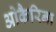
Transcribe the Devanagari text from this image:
ओकैरिना